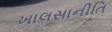
ખાલસાનીતિ